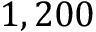
1 , 2 0 0